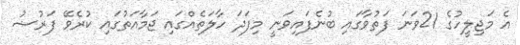
އެ މަޖިލީހުގެ 21ވަނަ ފަތުވާގައި ބުނެފައިވަނީ މިފަދަ ހާލަތެއްގައި ޖަމާއަތުގައި ކުރެވޭ ފަރުޟު